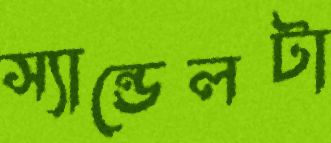
স্যান্ডেলটা